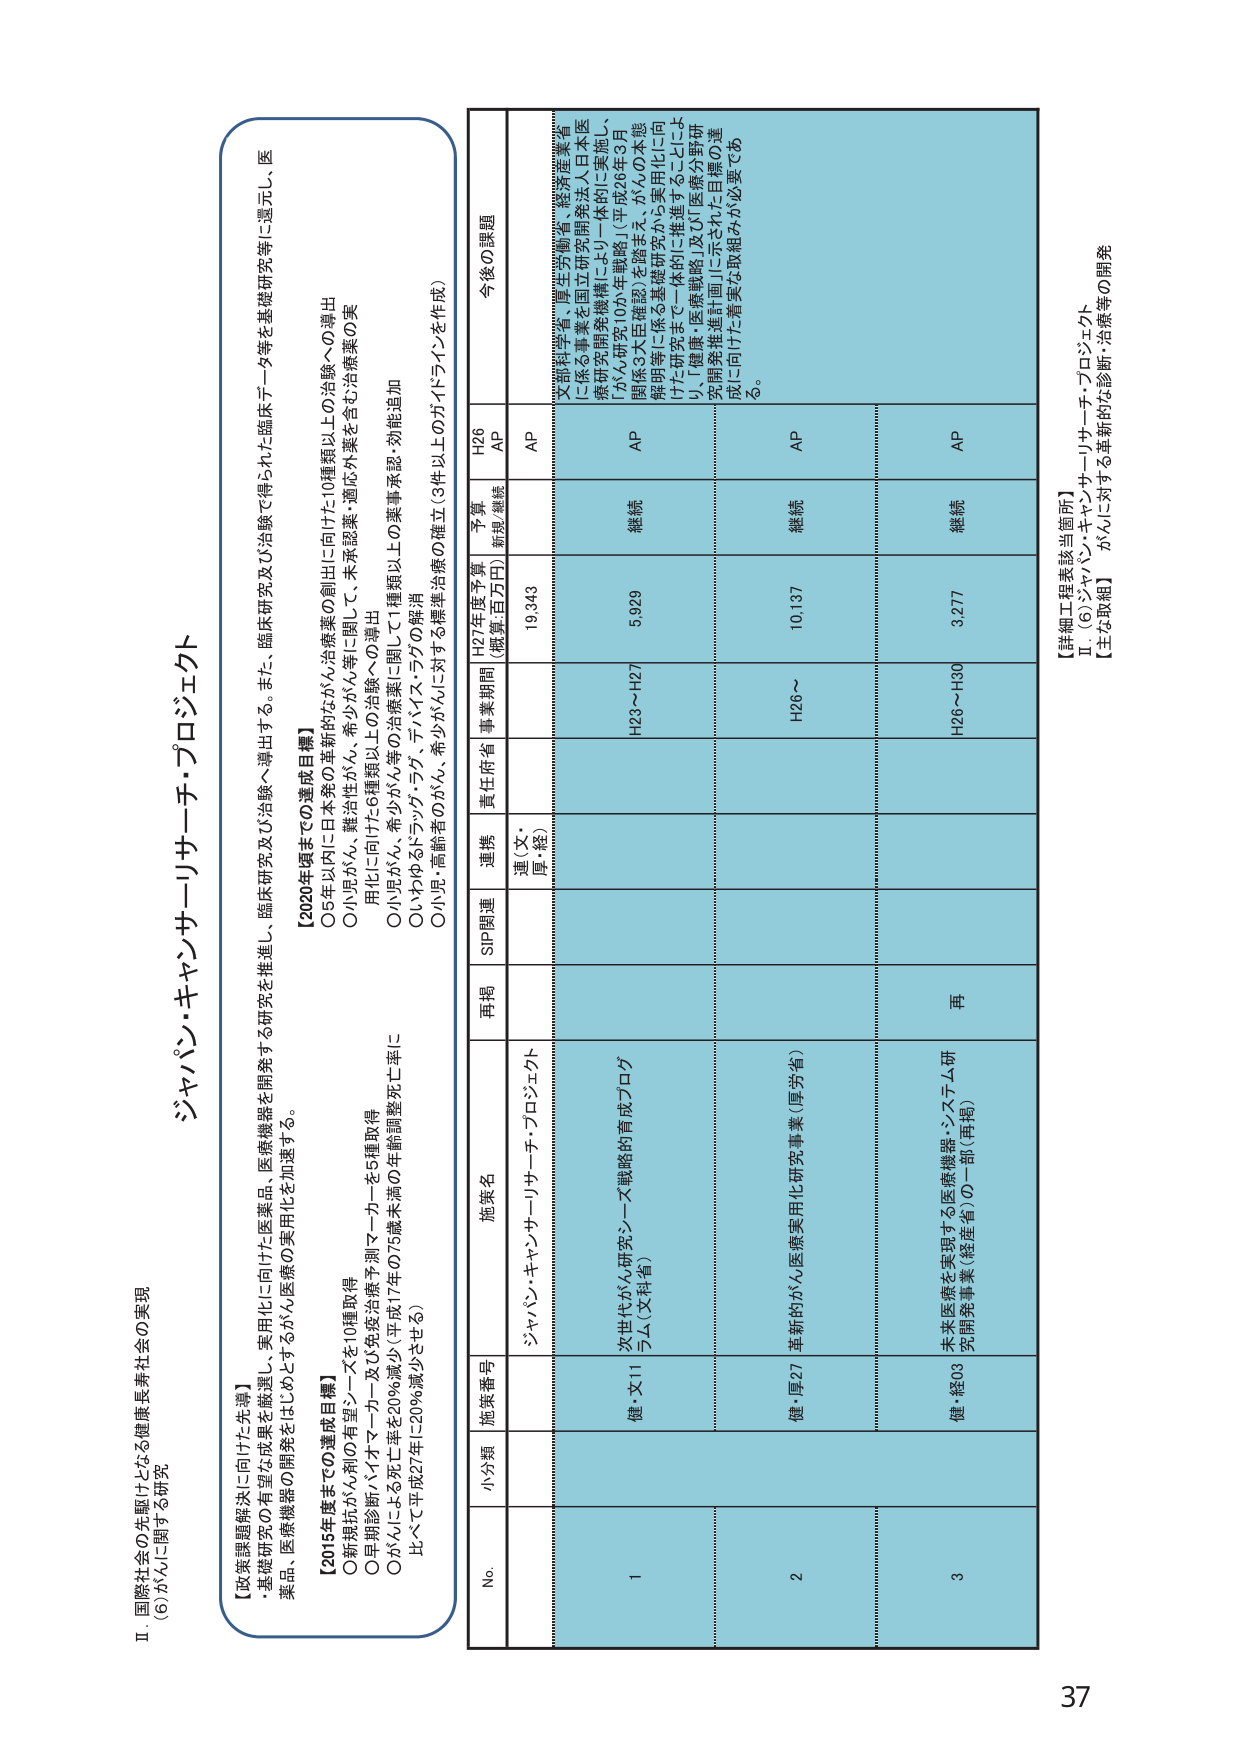
II 国際社会の先駆けとなる健康長寿社会の実現
(6) がんに関する研究

【政策課題解決に向けた先導】
・基礎研究の有望な成果を厳選し、実用化に向けた医薬品・医療機器を開発する研究を推進し、臨床研究及び治験へ導出する。また、臨床研究及び治験で得られた臨床データ等を基礎研究等に還元し、医薬品・医療機器の開発をはじめとするがん医療の実用化を加速する。

【2015年度までの達成目標】
○新規抗がん剤の有望シーズを10種取得
○早期診断/バイオマーカー及び免疫治療予測マーカーを5種取得
○がんによる死亡率を20%減少（平成17年の75歳未満の年齢調整死亡率に比べて平成27年に20%減少させる）

【2020年度までの達成目標】
○5年以内に10種類以上の革新的ながん治療薬の創出に向けた10種類以上の治験への導出
○小児がん、難治性がん、希少がん等に関して、未承認薬・適応外薬を含む治療薬の実用化に向けた6種類以上の治験への導出
○小児がん、希少がん等の治療薬に関して1種類以上の薬事承認・効能追加
○いわゆるドライグ・ラグ、テハイズ・ラグの解消
○小児・高齢者のがん、希少がんに対する標準治療の確立（3件以上の方ガイドラインを作成）

ジャパン・キャンサーリサーチ・プロジェクト

No. 小分類 施策番号 施策名 再掲 SIP関連 運営 責任府省 事業期間 H27年度予算 （概算、百万円） 予算 新規/継続 H26 AP 今後の課題

1 健・文11 次世代がん研究シーズ戦略的育成プログラム（文科省） ジャパン・キャンサーリサーチ・プロジェクト 連（文・厚・経） H23～H27 5,929 継続 AP 文部科学省、厚生労働省、経済産業省に係る事業を国立研究開発法人日本医療研究開発機構により一体的に実施し、「がん研究10年戦略」（平成26年3月、関係3大臣確認）を踏まえ、がんの本態解明等に係る基礎研究から実用化に向けた研究まで一体的に推進することにより、「健康・医療戦略」及び「医療分野研究開発推進計画」に示された目標の達成に向けた着実な取組みが必要である。

2 健・厚27 革新的がん医療実用化研究事業（厚労省） 再 H26～ 10,137 継続 AP

3 健・経03 未来医療を実現する医療機器・システム研究開発事業（経産省）の一部（再掲） 再 H26～H30 3,277 継続 AP

【詳細工程表該当箇所】
Ⅱ．(6) ジャパン・キャンサーリサーチ・プロジェクト
【主な取組】 がんに対する革新的な診断・治療等の開発

37